Vaccination in Burma 1889-1999 - 1889-1999
Year: 1889
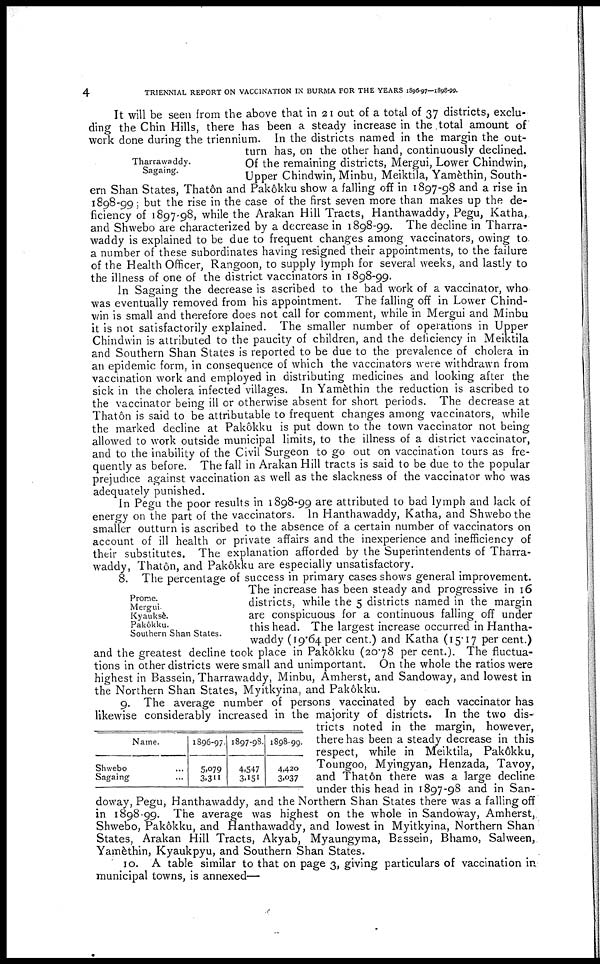
4
TRIENNIAL REPORT ON VACCINATION IN BURMA FOR THE YEARS 1896-97—1898-99.
Tharrawaddy.
Sagaing.
It will be seen from the above that in 21 out of a total of 37 districts, exclu-
ding the Chin Hills, there has been a steady increase in the total amount of
work done during the triennium. In the districts named in the margin the out-
turn has, on the other hand, continuously declined.
Of the remaining districts, Mergui, Lower Chindwin,
Upper Chindwin, Minbu, Meiktila, Yamèthin, South-
ern Shan States, Thatôn and Pakôkku show a falling off in 1897-98 and a rise in
1898-99; but the rise in the case of the first seven more than makes up the de-
ficiency of 1897-98, while the Arakan Hill Tracts, Hanthawaddy, Pegu, Katha,
and Shwebo are characterized by a decrease in 1898-99. The decline in Tharra-
waddy is explained to be due to frequent changes among vaccinators, owing to
a number of these subordinates having resigned their appointments, to the failure
of the Health Officer, Rangoon, to supply lymph for several weeks, and lastly to
the illness of one of the district vaccinators in 1898-99.
In Sagaing the decrease is ascribed to the bad work of a vaccinator, who
was eventually removed from his appointment. The falling off in Lower Chind-
win is small and therefore does not call for comment, while in Mergui and Minbu
it is not satisfactorily explained. The smaller number of operations in Upper
Chindwin is attributed to the paucity of children, and the deficiency in Meiktila
and Southern Shan States is reported to be due to the prevalence of cholera in
an epidemic form, in consequence of which the vaccinators were withdrawn from
vaccination work and employed in distributing medicines and looking after the
sick in the cholera infected villages. In Yamèthin the reduction is ascribed to
the vaccinator being ill or otherwise absent for short periods. The decrease at
Thatôn is said to be attributable to frequent changes among vaccinators, while
the marked decline at Pakôkku is put down to the town vaccinator not being
allowed to work outside municipal limits, to the illness of a district vaccinator,
and to the inability of the Civil Surgeon to go out on vaccination tours as fre-
quently as before. The fall in Arakan Hill tracts is said to be due to the popular
prejudice against vaccination as well as the slackness of the vaccinator who was
adequately punished.
In Pegu the poor results in 1898-99 are attributed to bad lymph and lack of
energy on the part of the vaccinators. In Hanthawaddy, Katha, and Shwebo the
smaller outturn is ascribed to the absence of a certain number of vaccinators on
account of ill health or private affairs and the inexperience and inefficiency of
their substitutes. The explanation afforded by the Superintendents of Tharra-
waddy, Thatôn, and Pakôkku are especially unsatisfactory.
Prome.
Mergui.
Kyauksè.
Pakôkku.
Southern Shan States.
8. The percentage of success in primary cases shows general improvement.
The increase has been steady and progressive in 16
districts, while the 5 districts named in the margin
are conspicuous for a continuous falling off under
this head. The largest increase occurred in Hantha-
waddy (19.64per cent.) and Katha (15.17 per cent.)
and the greatest decline took place in Pakôkku (20.78 per cent.). The fluctua-
tions in other districts were small and unimportant. On the whole the ratios were
highest in Bassein, Tharrawaddy, Minbu, Amherst, and Sandoway, and lowest in
the Northern Shan States, Myitkyina, and Pakôkku.
Name.
Shwebo ...
Sagaing ...
1896-97.
5,079
3,311
1897-98.
4,547
3,151
1898-99.
4,420
3,037
9. The average number of persons vaccinated by each vaccinator has
likewise considerably increased in the majority of districts. In the two dis-
tricts noted in the margin, however,
there has been a steady decrease in this
respect, while in Meiktila, Pakôkku,
Toungoo, Myingyan, Henzada, Tavoy,
and Thatôn there was a large decline
under this head in 1897-98 and in San-
doway, Pegu, Hanthawaddy, and the Northern Shan States there was a falling off
in 1898-99. The average was highest on the whole in Sandoway, Amherst,
Shwebo, Pakôkku, and Hanthawaddy, and lowest in Myitkyina, Northern Shan
States, Arakan Hill Tracts, Akyab, Myaungyma, Bassein, Bhamo, Salween,
Yamèthin, Kyaukpyu, and Southern Shan States.
10. A table similar to that on page 3, giving particulars of vaccination in.
municipal towns, is annexed—